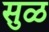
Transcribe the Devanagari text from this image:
सुळ